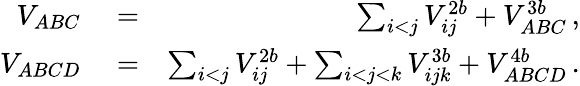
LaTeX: \begin{array}{rlr}{V_{ABC}}&{{}=}&{\sum_{i<j}V_{ij}^{2b}+V_{ABC}^{3b}\, ,}\\ {V_{ABCD}}&{{}=}&{\sum_{i<j}^{}V_{ij}^{2b}+\sum_{i<j<k}^{}V_{ijk}^{3b}+V_{ABCD}^{4b}\, .}\end{array}